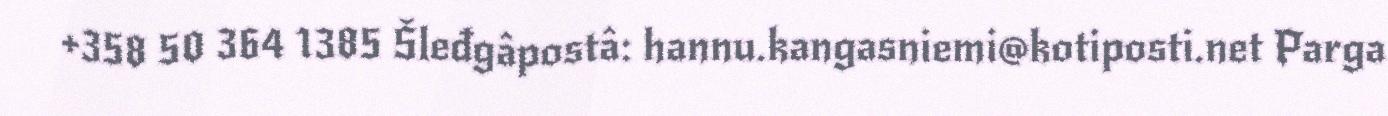
+358 50 364 1385 Šleđgâpostâ: hannu.kangasniemi@kotiposti.net Parga